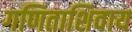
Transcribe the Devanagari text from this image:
गणिताशिवाय